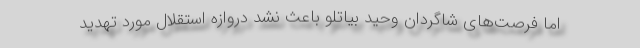
اما فرصت‌های شاگردان وحید بیاتلو باعث نشد دروازه استقلال مورد تهدید